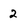
Character: 2